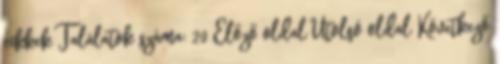
cikkek Találatok száma: 20 Előző oldal Utolsó oldal Következő